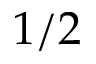
1 / 2